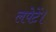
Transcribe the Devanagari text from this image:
लपेटें।